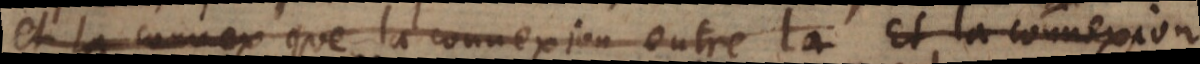
et la connex que la connexion entre la Et la connexion